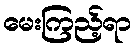
မေးကြည့်ရာ